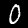
Digit: 0